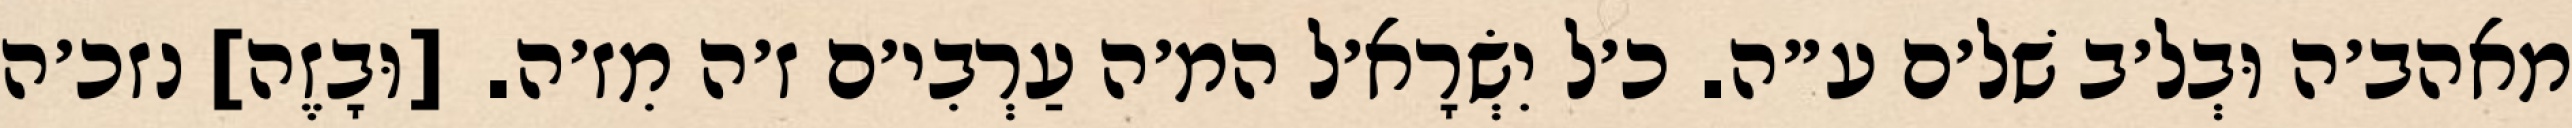
מאהב׳ה וּבְל׳ב שׁל׳ם ע״ה. כ׳ל יִשְׂרָא׳ל המ׳ה עַרְבִי׳ם ז׳ה מִז׳ה. [וּבָזֶה] נזכ׳ה